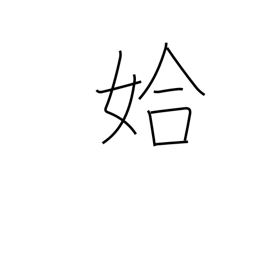
Meaning: good-looking